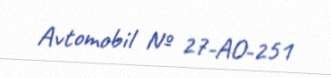
Avtomobil № 27-AO-251